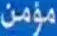
مؤمن